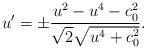
LaTeX: \begin{align*}u'=\pm \frac{u^2-u^4- c_0^2 }{\sqrt{2}\sqrt{u^4+c_0^2}}.\end{align*}